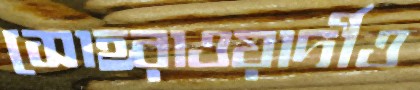
সোহরাওয়ার্দীও